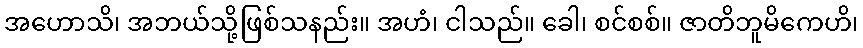
အဟောသိ၊ အဘယ်သို့ဖြစ်သနည်း။ အဟံ၊ ငါသည်။ ခေါ၊ စင်စစ်။ ဇာတိဘူမိကေဟိ၊